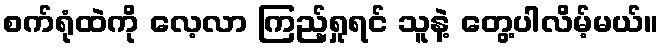
စက်ရုံထဲကို လေ့လာ ကြည့်ရှုရင် သူနဲ့ တွေ့ပါလိမ့်မယ်။